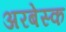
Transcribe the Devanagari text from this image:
अरबेस्क